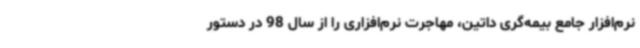
نرم‌افزار جامع بیمه‌گری داتین، مهاجرت نرم‌افزاری را از سال 98 در دستور